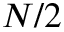
N / 2